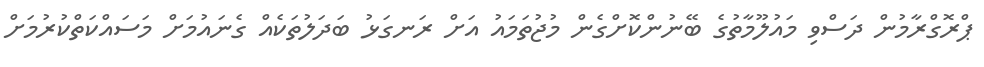
ޕްރޮގްރާމުން ދަސްވި މައުލޫމާތުގެ ބޭނުންކޮށްގެން މުޖުތަމައު އަށް ރަނގަޅު ބަދަލުތަކެއް ގެނައުމަށް މަސައްކަތްކުރުމަށް